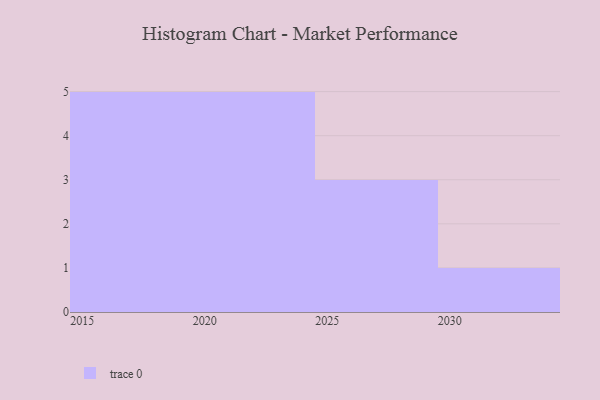
{"axis": {"x": "Year", "y": "Operating Costs (USD K)"}, "legend": [""], "data": [{"x": "2020", "y": 96, "type": ""}, {"x": "2023", "y": 96, "type": ""}, {"x": "2018", "y": 76, "type": ""}, {"x": "2026", "y": 93, "type": ""}, {"x": "2029", "y": 81, "type": ""}, {"x": "2022", "y": 54, "type": ""}, {"x": "2016", "y": 34, "type": ""}, {"x": "2017", "y": 77, "type": ""}, {"x": "2027", "y": 28, "type": ""}, {"x": "2015", "y": 22, "type": ""}, {"x": "2021", "y": 5, "type": ""}, {"x": "2019", "y": 79, "type": ""}, {"x": "2024", "y": 79, "type": ""}, {"x": "2030", "y": 13, "type": ""}]}